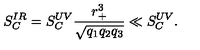
S _ { C } ^ { I R } = S _ { C } ^ { U V } \frac { r _ { + } ^ { 3 } } { \sqrt { q _ { 1 } q _ { 2 } q _ { 3 } } } \ll S _ { C } ^ { U V } .